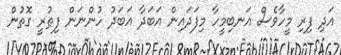
އަދި ފިރި މީހާވެސް އަނބިމީހާ މިފަދައިން އަބަދާ އަބަދު ހުންނަން ފިޠުރީ ގޮތުން